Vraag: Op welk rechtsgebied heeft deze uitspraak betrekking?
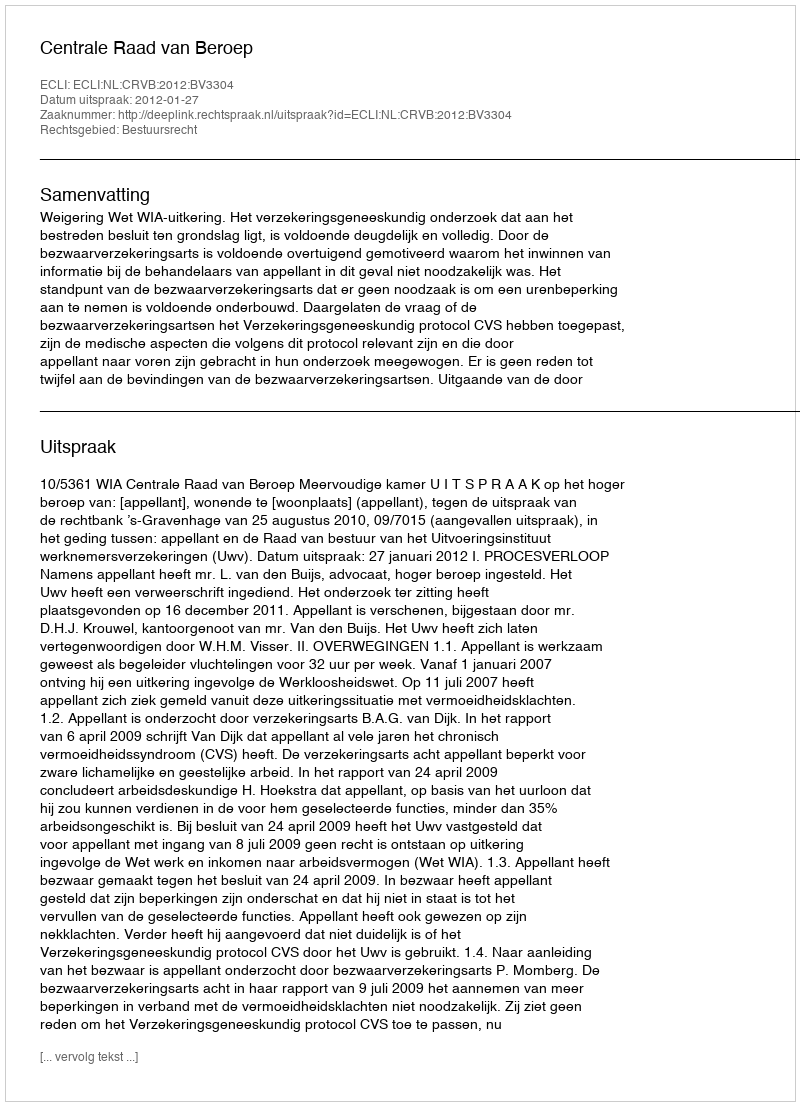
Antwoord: Bestuursrecht